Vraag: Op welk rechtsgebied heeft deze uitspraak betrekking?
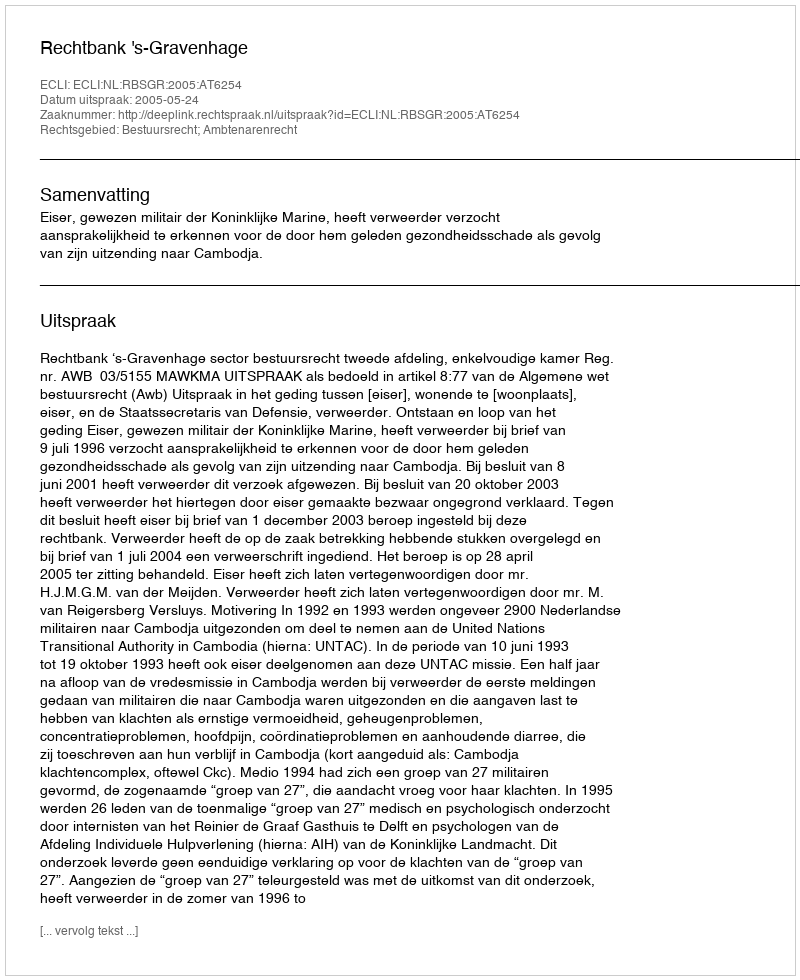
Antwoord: Bestuursrecht; Ambtenarenrecht